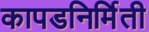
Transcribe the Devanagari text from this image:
कापडनिर्मिती